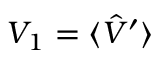
V _ { 1 } = \langle \hat { V } ^ { \prime } \rangle